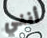
أنني